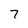
Character: 7